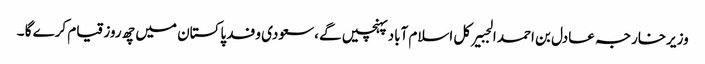
وزیرخارجہ عادل بن احمد الجبیرکل اسلام آباد پہنچیں گے ،سعودی وفد پاکستان میں چھ روز قیام کرے گا ۔